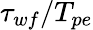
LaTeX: \tau_{wf}/T_{pe}